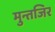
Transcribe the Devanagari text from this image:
मुन्तजिर